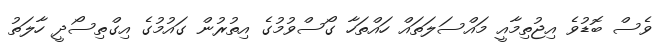
ވެސް ބޮޑުވެ އިޖުތިމާއީ މައްސަލަތައް ހައްތަހާ ގޯސްވުމުގެ އިތުރުން ގައުމުގެ އިގްތިސޯދީ ހާލަތު